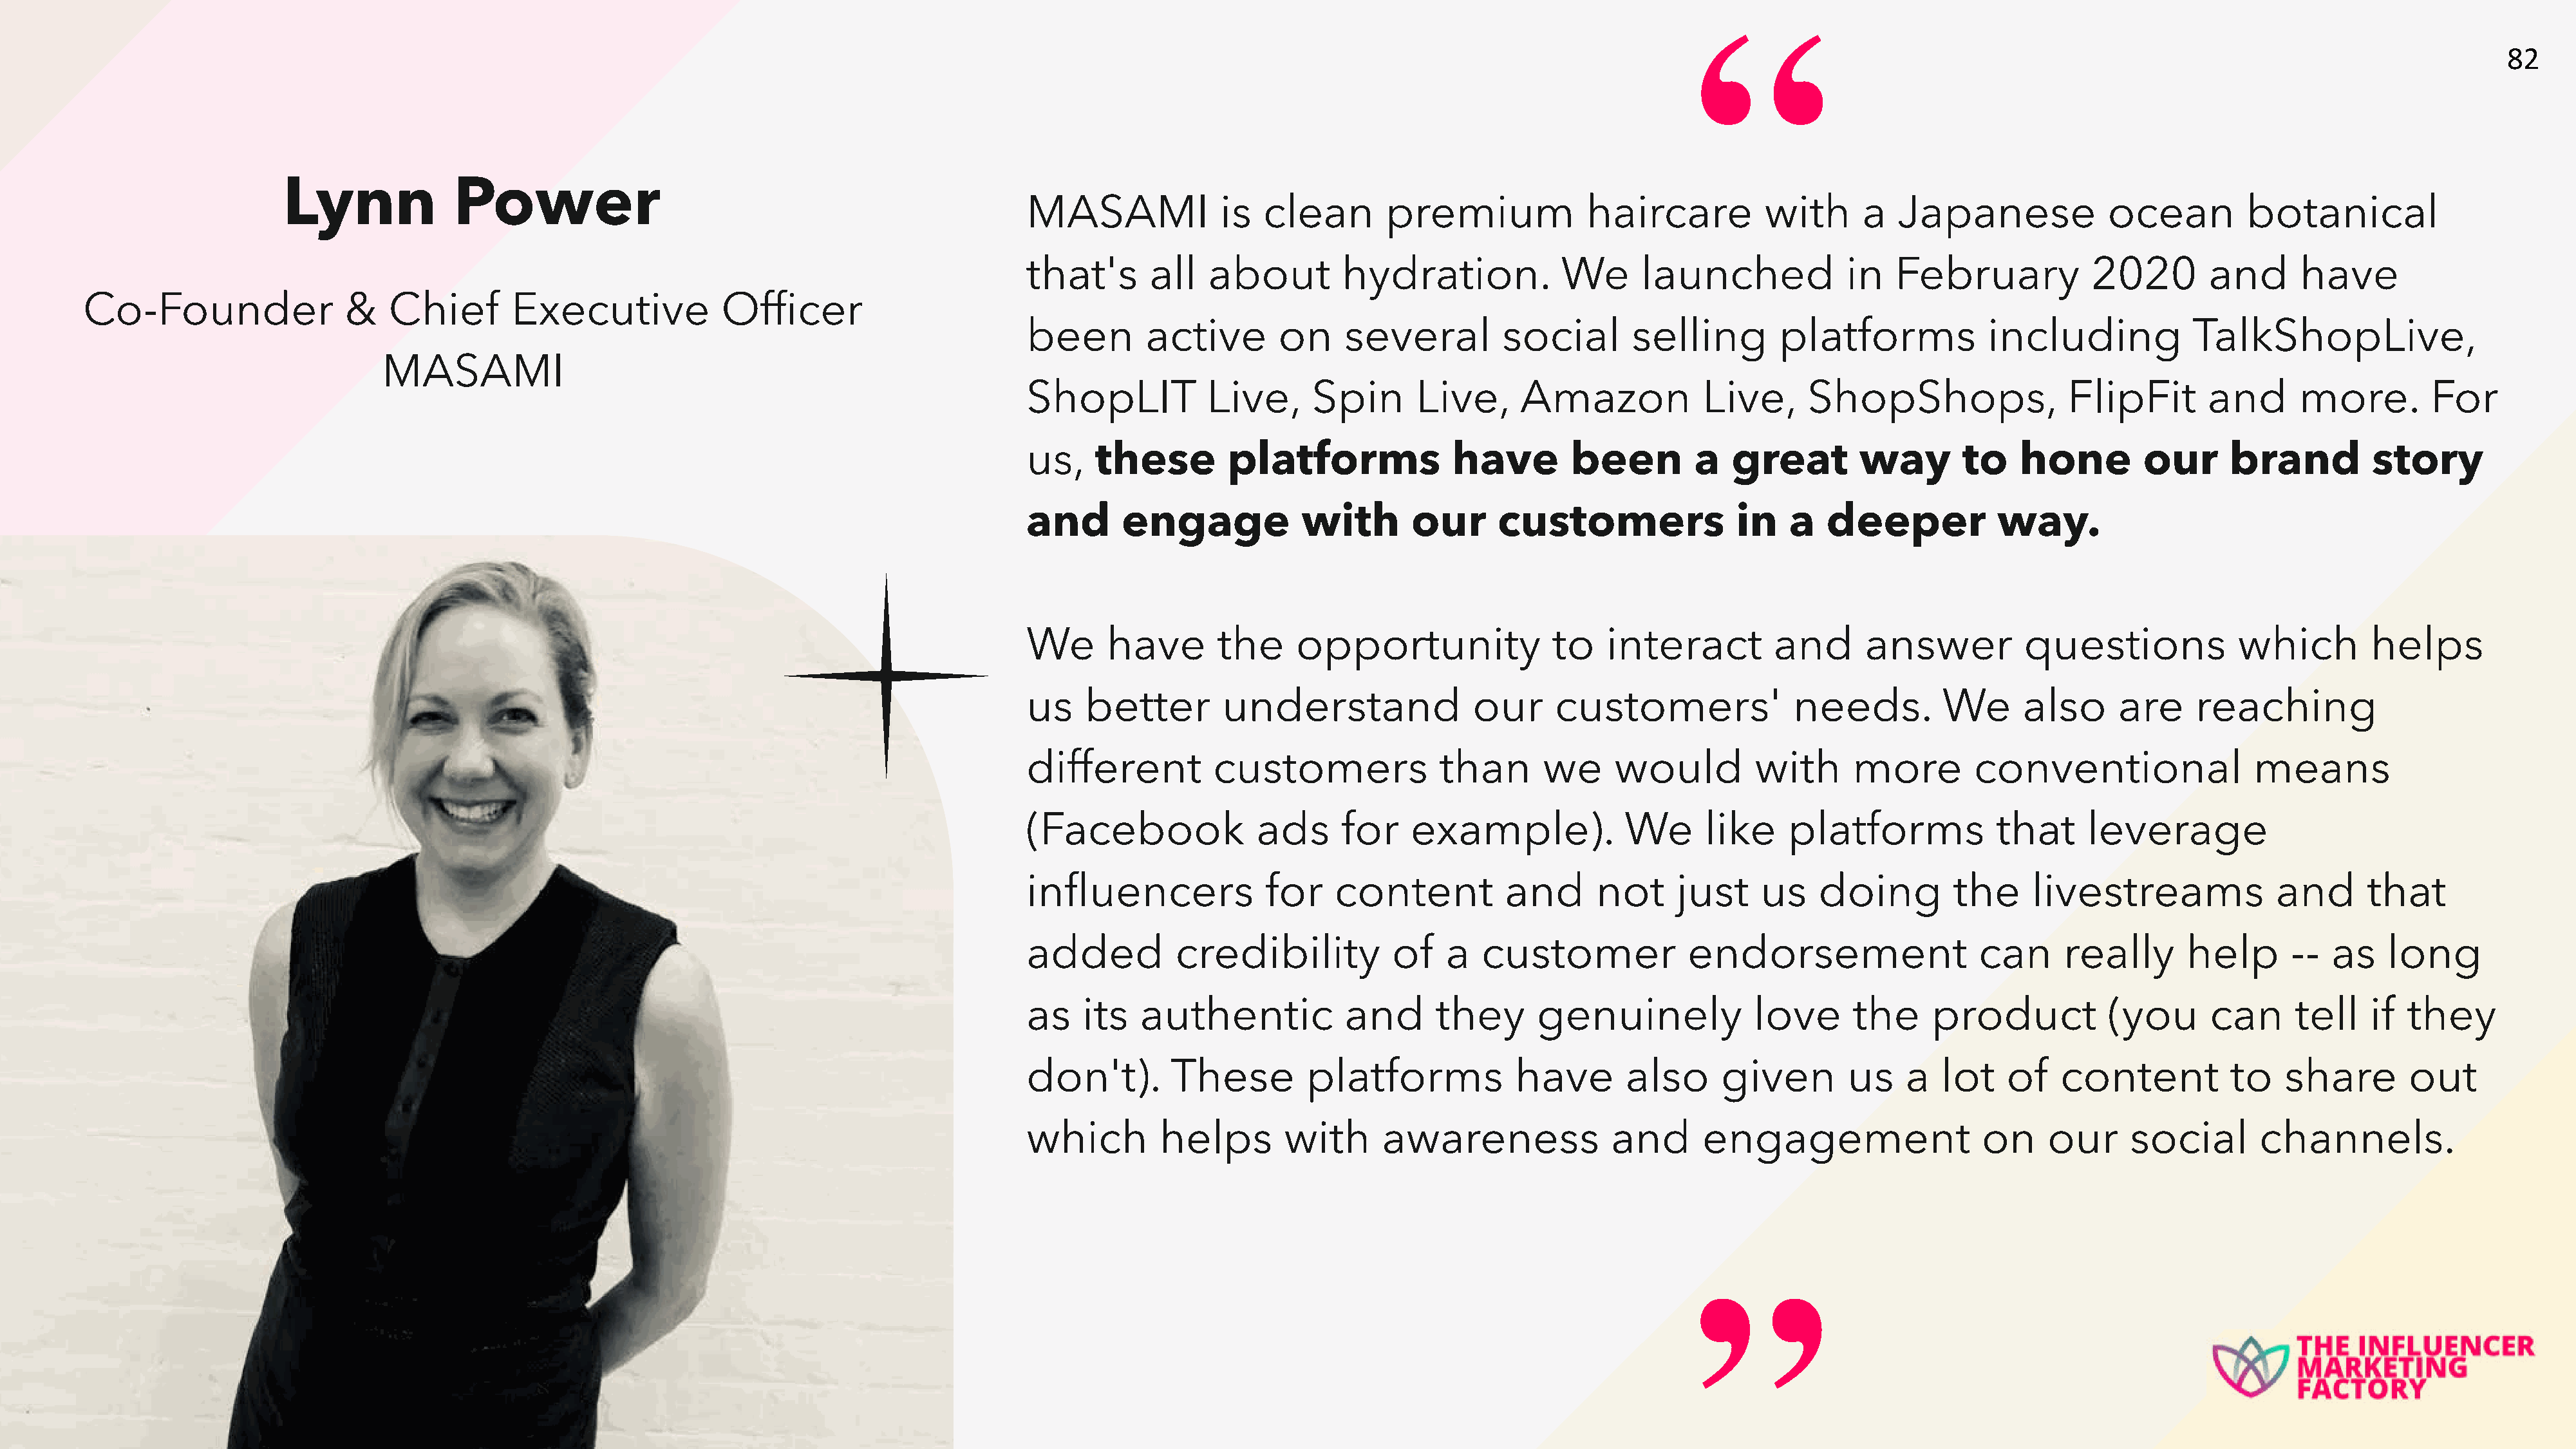
“
 82
 Lynn              Power
 MASAMI             is   clean       premium              haircare          with      a   Japanese              ocean         botanical
 that's      all   about         hydration.            We       launched             in   February            2020        and      have
 Co-Founder                &    Chief        Executive            Officer
 been        active       on     several         social        selling        platforms            including            TalkShopLive,
 MASAMI
 ShopLIT           Live,      Spin       Live,     Amazon             Live,      ShopShops,                 FlipFit       and      more.         For
 us,    these        platforms              have        been         a   great        way        to    hone        our      brand          story
 and      engage             with       our      customers               in    a   deeper           way.
 We      have       the     opportunity                to   interact         and       answer          questions             which         helps
 us   better         understand               our      customers'              needs.          We      also      are     reaching
 different          customers              than       we     would         with      more         conventional                 means
 (Facebook              ads      for    example).             We      like     platforms            that      leverage
 influencers             for    content           and      not     just     us    doing         the     livestreams              and      that
 added          credibility           of    a  customer             endorsement                   can      really       help      --   as   long
 as   its   authentic            and       they      genuinely             love      the      product           (you      can      tell    if they
 don't).       These         platforms             have       also      given        us    a   lot   of    content          to    share        out
 which        helps        with      awareness               and      engagement                   on    our      social       channels.
 ”